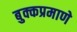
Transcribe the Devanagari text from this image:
बुक्कप्रमाणे